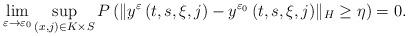
LaTeX: \begin{align*}\mathop {\lim }\limits_{\varepsilon \to \varepsilon_0} \mathop {\sup }\limits_{(x,j) \in K\times S}P\left ({\| {y^\varepsilon \left( {t, s, \xi,j} \right)-y^ {\varepsilon_0} \left( {t,s,\xi,j} \right)} \|_H \ge \eta }\right ) = 0.\end{align*}